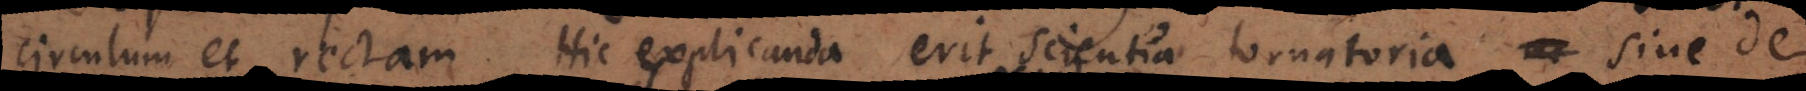
circulum et rectam. Hic explicanda erit scientia tornatoria, sive de